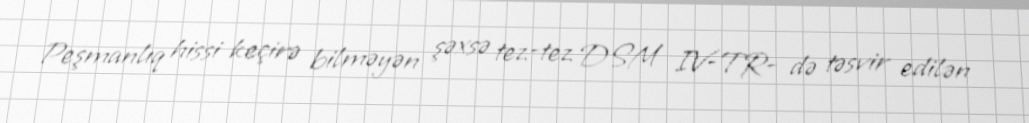
Peşmanlıq hissi keçirə bilməyən şəxsə tez-tez DSM IV-TR- də təsvir edilən